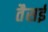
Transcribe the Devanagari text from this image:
तैसई